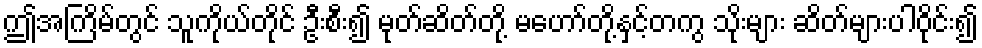
ဤအကြိမ်တွင် သူကိုယ်တိုင် ဦးစီး၍ မုတ်ဆိတ်တို့ မဟော်တို့နှင့်တကွ သိုးများ ဆိတ်များပါဝိုင်း၍